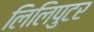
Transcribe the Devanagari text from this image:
लिलिपुटर